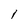
Character: 1